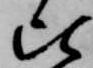
比